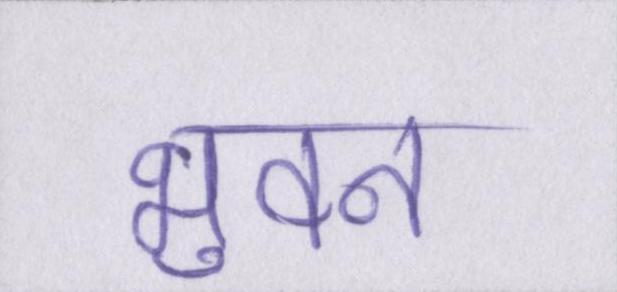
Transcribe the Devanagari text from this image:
भुवन